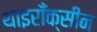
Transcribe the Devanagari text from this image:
थाइराँक्सीन